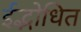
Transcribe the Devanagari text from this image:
ईद्भोधित